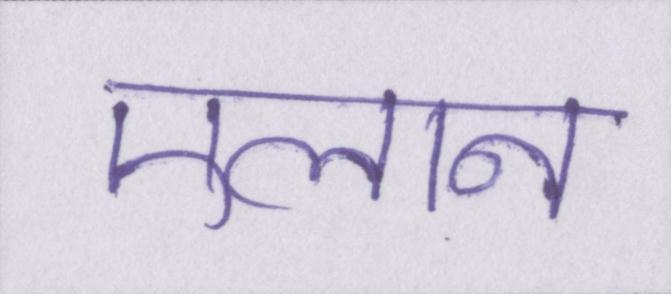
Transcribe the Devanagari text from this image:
एलान